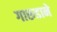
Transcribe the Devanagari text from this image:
गारुडाने